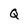
Character: Q